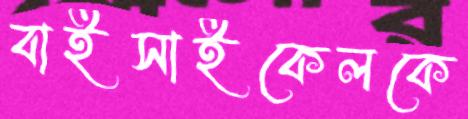
বাইসাইকেলকে